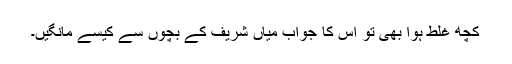
کچھ غلط ہوا بھی تو اس کا جواب میاں شریف کے بچوں سے کیسے مانگیں۔